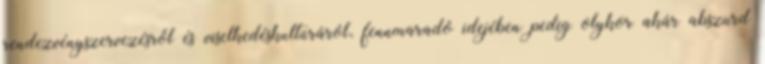
rendezvényszervezésről és viselkedéskultúráról, fennmaradó idejében pedig olykor akár abszurd